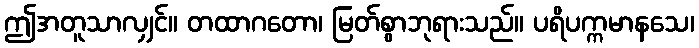
ဤအတူသာလျှင်။ တထာဂတော၊ မြတ်စွာဘုရားသည်။ ပရိပက္ကမာနသေ၊